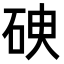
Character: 𥑷